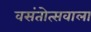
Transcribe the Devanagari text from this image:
वसंतोत्सवाला